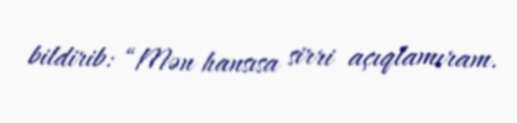
bildirib: “Mən hansısa sirri açıqlamıram.